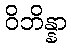
ဝိဘိန္နာ